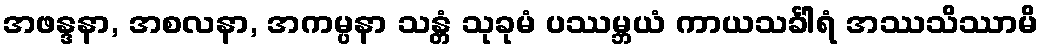
အဖန္ဒနာ, အစလနာ, အကမ္ပနာ သန္တံ သုခုမံ ပဿမ္ဘယံ ကာယသင်္ခါရံ အဿသိဿာမိ